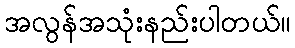
အလွန်အသုံးနည်းပါတယ်။